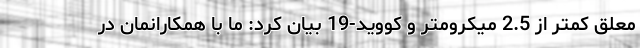
معلق کمتر از 2.5 میکرومتر و کووید-19 بیان کرد: ما با همکارانمان در